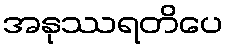
အနုဿရတိပေ